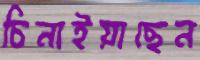
চিনাইয়াছেন